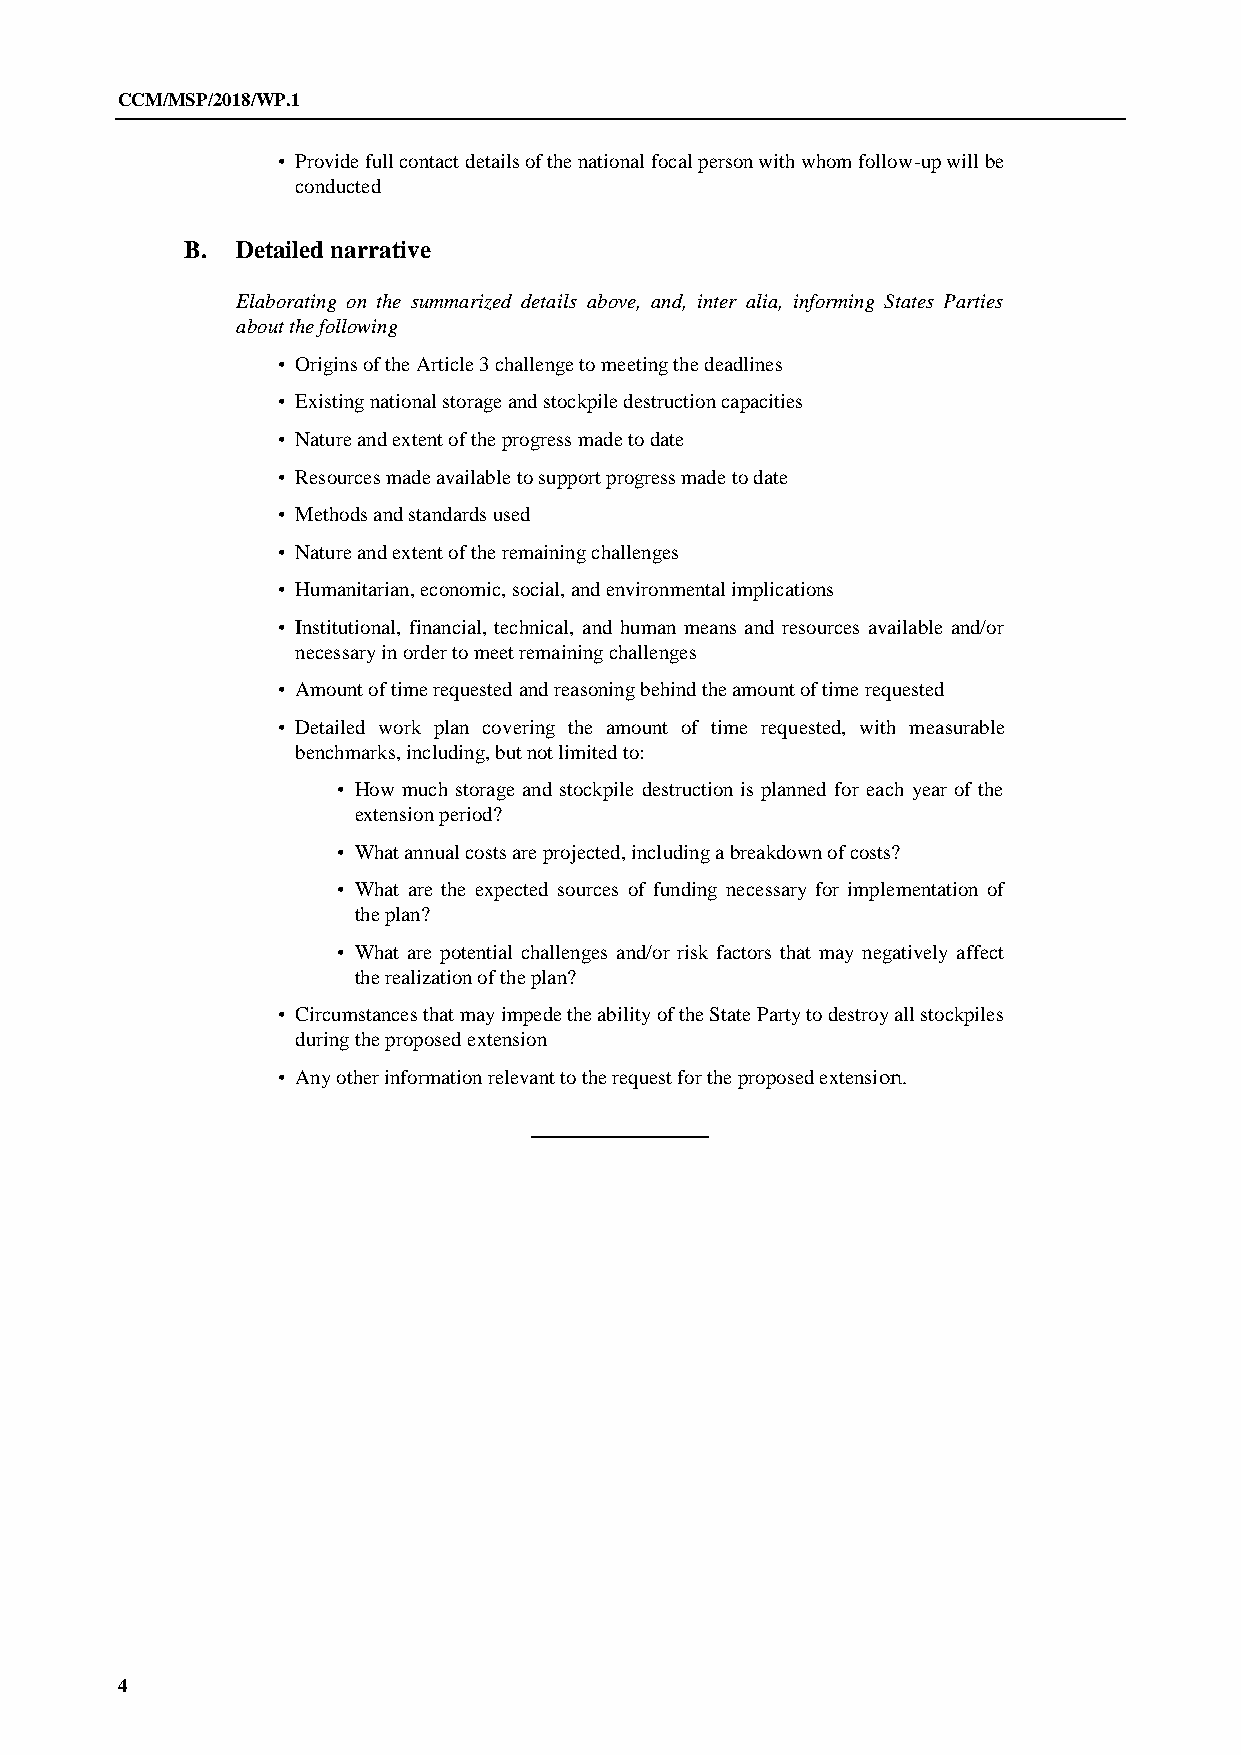
CCM/MSP/2018/WP.1
 • Provide full contact details of the national focal person with whom follow-up will be
 conducted
 B.  Detailed narrative
 Elaborating on the summarized details above, and, inter alia, informing States Parties
 about the following
 • Origins of the Article 3 challenge to meeting the deadlines
 • Existing national storage and stockpile destruction capacities
 • Nature and extent of the progress made to date
 • Resources made available to support progress made to date
 • Methods and standards used
 • Nature and extent of the remaining challenges
 • Humanitarian, economic, social, and environmental implications
 • Institutional, financial, technical, and human means and resources available and/or
 necessary in order to meet remaining challenges
 • Amount of time requested and reasoning behind the amount of time requested
 • Detailed work plan covering the amount of time requested, with measurable
 benchmarks, including, but not limited to:
 • How much storage and stockpile destruction is planned for each year of the
 extension period?
 • What annual costs are projected, including a breakdown of costs?
 • What are the expected sources of funding necessary for implementation of
 the plan?
 • What are potential challenges and/or risk factors that may negatively affect
 the realization of the plan?
 • Circumstances that may impede the ability of the State Party to destroy all stockpiles
 during the proposed extension
 • Any other information relevant to the request for the proposed extension.
 4